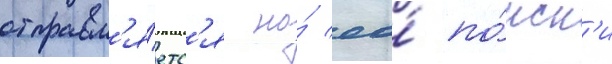
отправл'я́етс'я на́ ео́ по́иск'и